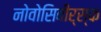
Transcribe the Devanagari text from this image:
नोवोसिबीर्स्क